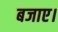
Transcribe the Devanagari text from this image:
बजाए।